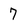
Character: 7